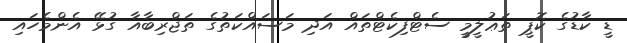
ޑީ ކާޑުގެ ކޮޕީ ތަޢުލީމީ ސެޓްފިކެޓްތައް އަދި މަސައްކަތުގެ ތަޖްރިބާއާ ގުޅޭ އެންމެހައި